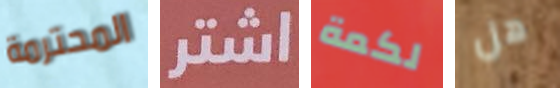
المحترمة اشتر لكمة هل